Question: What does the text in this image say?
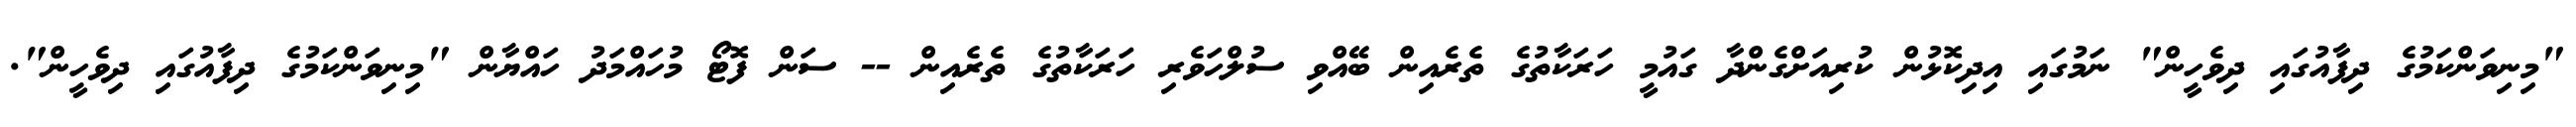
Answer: "މިނިވަންކަމުގެ ދިފާއުގައި ދިވެހީން" ނަމުގައި އިދިކޮޅުން ކުރިއަށްގެންދާ ގައުމީ ހަރަކާތުގެ ތެރެއިން ބޭއްވި ސުލްހަވެރި ހަރަކާތުގެ ތެރެއިން -- ސަން ފޮޓޯ މުހައްމަދު ހައްޔާން "މިނިވަންކަމުގެ ދިފާއުގައި ދިވެހީން".